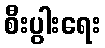
စီးပွါးရေး